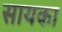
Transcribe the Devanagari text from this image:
सायका